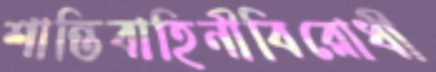
শান্তিবাহিনীবিরোধী